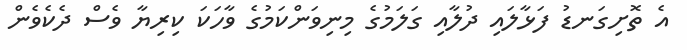
އެ ތޮށިގަނޑު ފަޅާލައި ދުލާއި ގަލަމުގެ މިނިވަންކަމުގެ ވާހަކަ ކިރިޔާ ވެސް ދެކެވެން